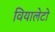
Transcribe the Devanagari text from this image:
वियालेटो